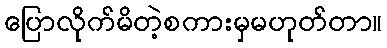
ပြောလိုက်မိတဲ့စကားမှမဟုတ်တာ။